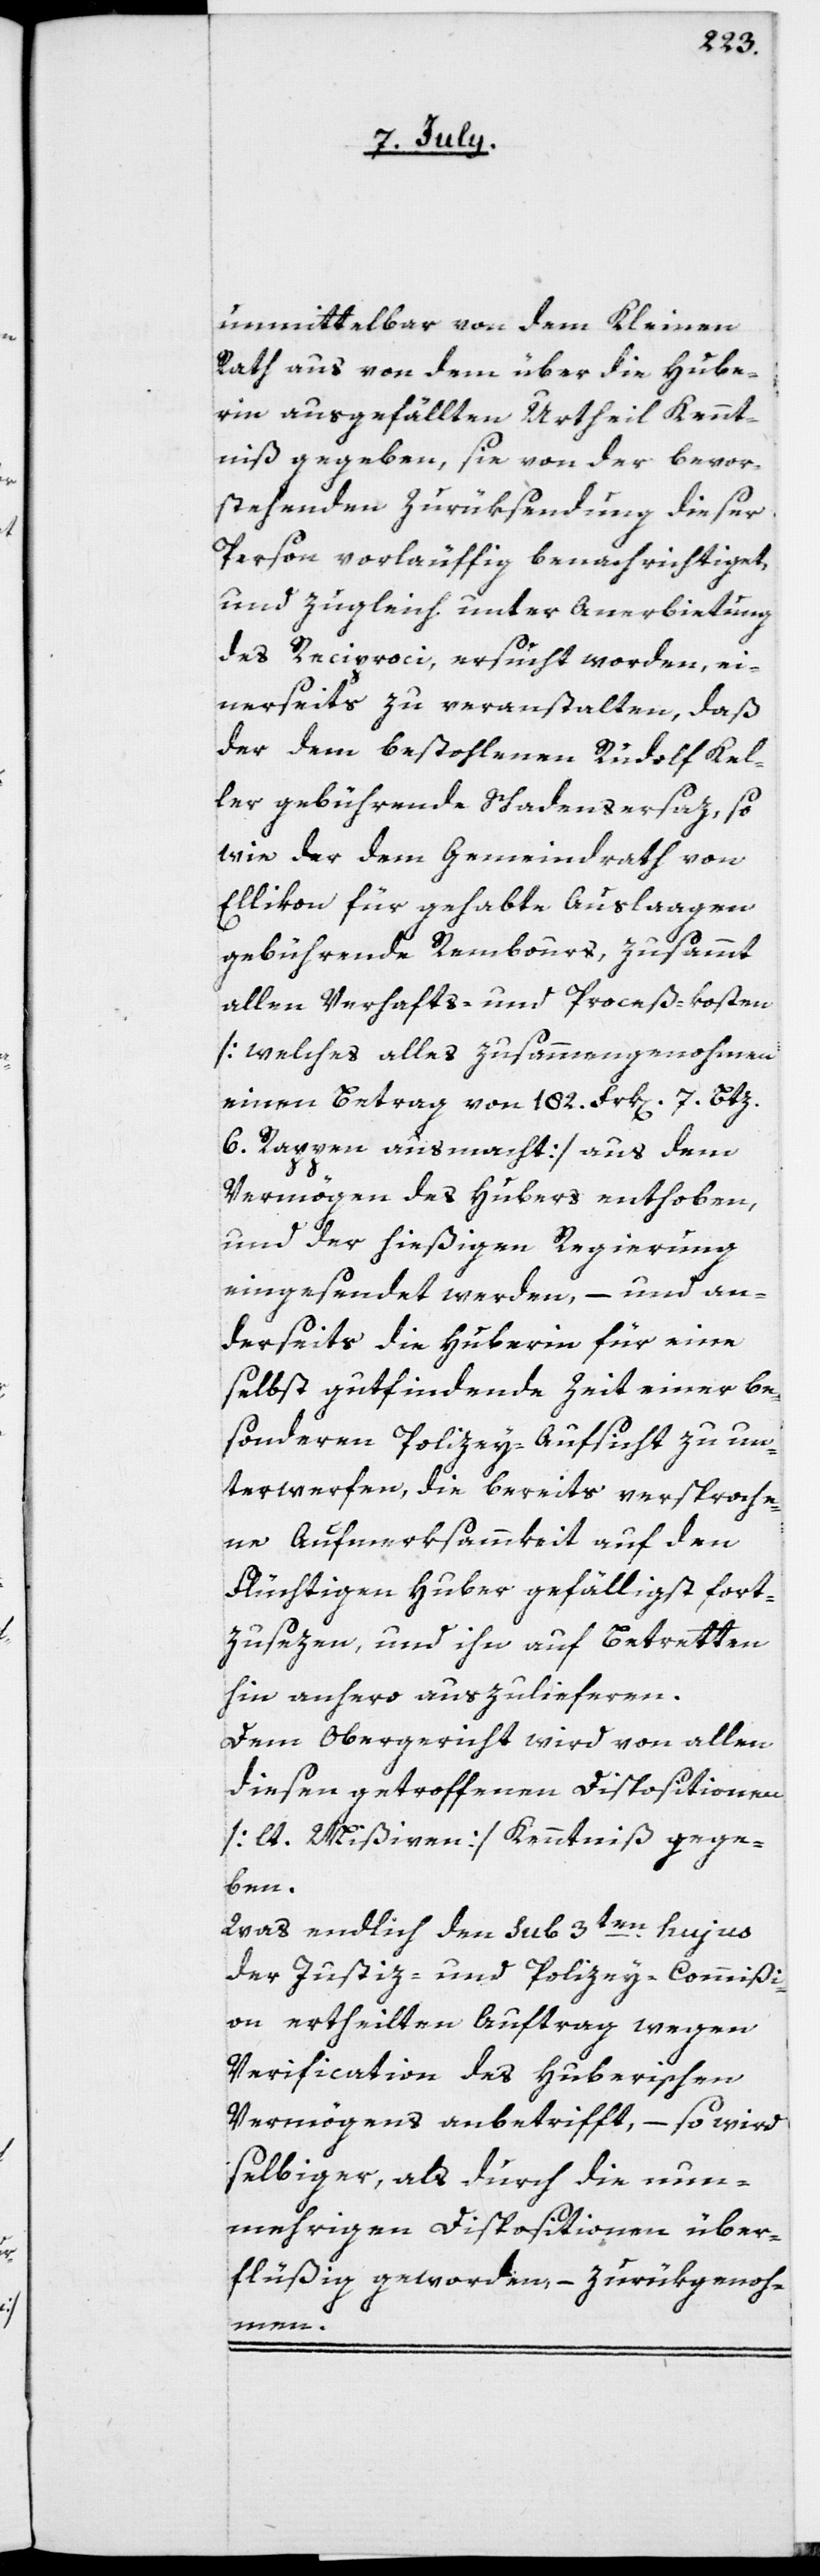
unmittelbar von dem Kleinen
Rath aus von dem über die Hube¬
rin ausgefällten Urtheil Kennt¬
niß gegeben, sie von der bevor¬
stehenden Zurüksendung dieser
Person vorläuffig benachrichtiget,
und zugleich unter Anerbietung
des Reciproci, ersucht wurden, ei¬
nerseits zu veranstalten, daß
der dem bestohlenen Rudolf Kel¬
ler gebührende Schadensersaz, so
wie der dem Gemeindrath von
Ellikon für gehabte Auslaagen
gebührende Rembours, zusammt
allen Verhafts- und Proceß-Kosten
[welches alles zusammengenohmen
einen Betrag von 182. Frk[en]. 7. Btz.
6. Rappen ausmacht], aus dem
Vermögen des Hubers enthoben,
und der hießigen Regierung
eingesendet werden, – und an¬
derseits die Huberin für eine
selbst gutfindende Zeit einer be¬
sonderen Polizey-Aufsicht zu un¬
terwerfen, die bereits versproche¬
ne Aufmerksamkeit auf den
Flüchtigen Huber gefälligst fort¬
zusezen, und ihn auf Betretten
hin anhero auszulieferen.
Dem Obergericht wird von allen
diesen getroffenen Dispositionen
[lt. Mißiven] Kenntniß gege¬
ben.
Was endlich den sub 3ten hujus
der Justiz- und Polizey-Commißi¬
on ertheilten Auftrag wegen
Verification des Huberischen
Vermögens anbetrifft, – so wird
selbiger, als durch die nun¬
mehrigen Dispositionen über¬
flüßig geworden, – zurükgenom¬
men.